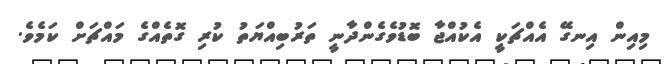
މިއިން އިނގޭ އެއްޗަކީ އެކުއްޖާ ބޮޑުވެގެންދާނީ ތަރުބިއްޔަތު ކުރި ގޮތެއްގެ މައްޗަށް ކަމެވެ.